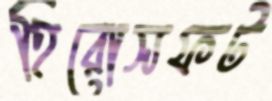
হিরোসফট